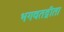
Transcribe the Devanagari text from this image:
भगवतद्गीता